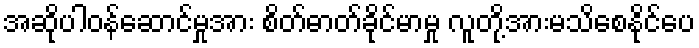
အဆိုပါဝန်ဆောင်မှုအား စိတ်ဓာတ်ခိုင်မာမှု လူတို့အားမသိစေနိုင်ပေ